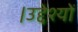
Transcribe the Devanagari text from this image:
।उद्देश्यों